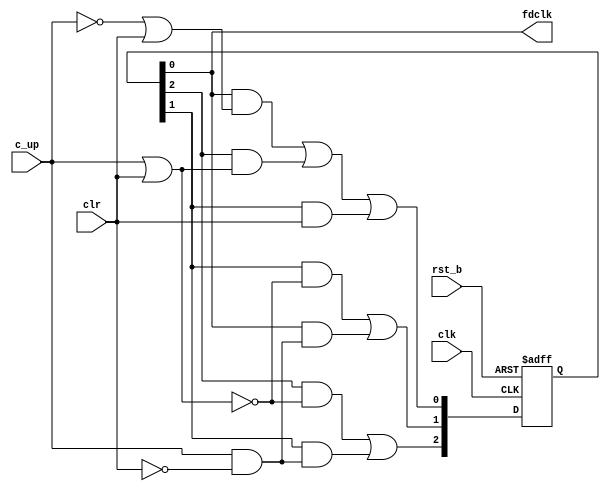
module fdivby3(
  input clk, rst_b, clr, c_up,
  output fdclk
  );
  
  localparam S0 = 0;
  localparam S1 = 1;
  localparam S2 = 2;
  
  reg [2:0] st;
  wire [2:0] st_nxt;
  
  assign st_nxt[S0] = (st[S0] & ((~c_up) | clr)) | 
                      (st[S2] & (c_up | clr)) | 
                      (st[S1] & clr);
  assign st_nxt[S1] = (st[S1] & (~(c_up | clr))) | 
          	           (st[S0] & (c_up & (~clr)));
  assign st_nxt[S2] = (st[S2] & (~(c_up | clr))) | 
                      (st[S1] & (c_up & (~clr)));
  
  assign fdclk = st[S0];
  
  always @ (posedge clk, negedge rst_b)
    if(~rst_b) begin
      st <= 0;
      st[S0] = 1;
    end else 
      st <= st_nxt;
  
endmodule

module fdivby3_tb;
  reg clr, rst_b, c_up, clk;
  wire fdclk;
  
  fdivby3 inst1(.clk(clk), .clr(clr), .rst_b(rst_b), .c_up(c_up), .fdclk(fdclk));
  
  localparam CLK_PERIOD = 100, RUNNING_CYCLES = 17, RST_DURATION = 25;
  
  initial begin
    rst_b = 0;
    #RST_DURATION rst_b = ~rst_b;
  end
  
  initial begin
    $display("time\tclk\trst_b\tclr\tc_up\tfdclk");
    $monitor("%5t\t%b\t%b\t%b\t%b\t%b",$time, clk, rst_b, clr, c_up, fdclk);
    clk = 0;
    repeat(RUNNING_CYCLES * 2) #(CLK_PERIOD / 2) clk = ~clk;
  end
  
  initial begin
    clr = 0;
    #(4 * CLK_PERIOD) clr = ~clr;
    #(1 * CLK_PERIOD) clr = ~clr;
  end
  
  initial begin
    c_up = 1;
    #(6 * CLK_PERIOD) c_up = ~c_up;
    #(1 * CLK_PERIOD) c_up = ~c_up;
    #(4 * CLK_PERIOD) c_up = ~c_up;
    #(2 * CLK_PERIOD) c_up = ~c_up;
  end
  
endmodule